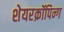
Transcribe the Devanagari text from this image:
शेयरक्रॉपिन्ग